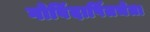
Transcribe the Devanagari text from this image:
गोविंदार्पितचेता